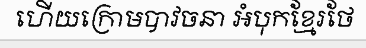
ហើយក្រោមបាវចនា អំបុកខ្មែរថែ